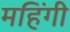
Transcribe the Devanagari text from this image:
महिंगी